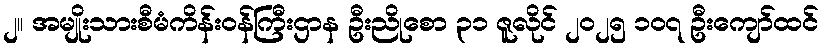
၂။ အမျိုးသားစီမံကိန်းဝန်ကြီးဌာန ဦးညိုစော ၃၁ ဇူလိုင် ၂၀၂၅ ၁၀၇ ဦးကျော်ထင်